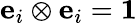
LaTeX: \mathbf{e}_{i}\otimes\mathbf{e}_{i}={\boldsymbol{\mathit{1}}}